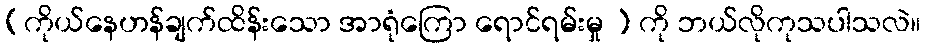
(ကိုယ်နေဟန်ချက်ထိန်းသော အာရုံကြော ရောင်ရမ်းမှု ) ကို ဘယ်လိုကုသပါသလဲ။